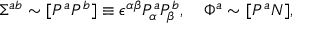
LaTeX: \Sigma ^ { a b } \sim [ P ^ { a } P ^ { b } ] \equiv \epsilon ^ { \alpha \beta } P _ { \alpha } ^ { a } P _ { \beta } ^ { b } , \quad \Phi ^ { a } \sim [ P ^ { a } N ] ,